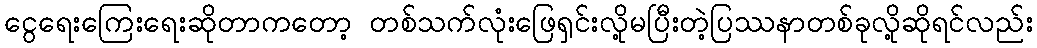
ငွေရေးကြေးရေးဆိုတာကတော့ တစ်သက်လုံးဖြေရှင်းလို့မပြီးတဲ့ပြဿနာတစ်ခုလို့ဆိုရင်လည်း